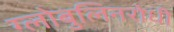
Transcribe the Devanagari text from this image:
ग्लोबुलिनरोधी